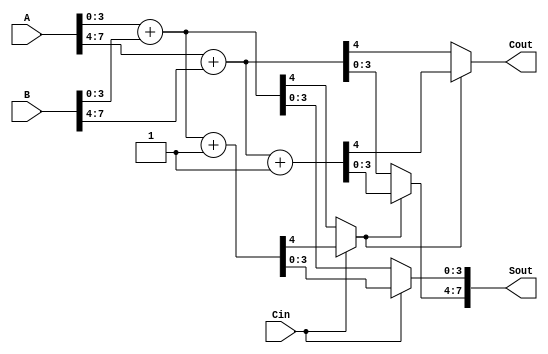
module carry_select_adder #(parameter N = 8, // Number of bits
                             parameter K = 4) // Size of each segment
                            (input [N-1:0] A, 
                             input [N-1:0] B, 
                             input Cin,
                             output [N-1:0] Sout, 
                             output Cout);

  // Number of segments
  localparam NUM_SEGMENTS = N / K;

  // Internal wires for sum and carry outputs
  wire [K-1:0] S0[NUM_SEGMENTS-1:0];
  wire [K-1:0] S1[NUM_SEGMENTS-1:0];
  wire C0[NUM_SEGMENTS-1:0];
  wire C1[NUM_SEGMENTS-1:0];
  wire [NUM_SEGMENTS-1:0] C_out;

  // Generate the segment adders
  genvar i;
  generate
    for (i = 0; i < NUM_SEGMENTS; i = i + 1) begin : CSA_SEGMENT
      // Adjust segment indices
      wire [K-1:0] A_seg = A[K*i +: K];
      wire [K-1:0] B_seg = B[K*i +: K];

      // Adder assuming carry-in = 0
      assign {C0[i], S0[i]} = A_seg + B_seg;
      
      // Adder assuming carry-in = 1
      assign {C1[i], S1[i]} = A_seg + B_seg + 1'b1;

      // Carry for the next segment
      if (i == 0) begin
          assign C_out[i] = Cin ? C1[i] : C0[i];
      end else begin
          assign C_out[i] = C_out[i-1] ? C1[i] : C0[i];
      end
    end
  endgenerate

  // Final sum output selection
  generate
    for (i = 0; i < NUM_SEGMENTS; i = i + 1) begin : SUM_OUTPUT
      if (i == 0) begin
          assign Sout[K*i +: K] = Cin ? S1[i] : S0[i];
      end else begin
          assign Sout[K*i +: K] = C_out[i-1] ? S1[i] : S0[i];
      end
    end
  endgenerate

  // Final carry out
  assign Cout = C_out[NUM_SEGMENTS-1];

endmodule